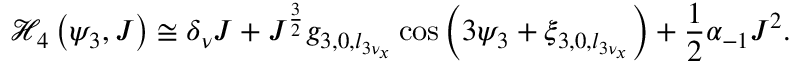
\displaystyle \mathcal { H } _ { 4 } \left( \psi _ { 3 } , J \right) \cong \delta _ { \nu } J + J ^ { \frac { 3 } { 2 } } g _ { 3 , 0 , l _ { 3 \nu _ { x } } } \cos \left( 3 \psi _ { 3 } + \xi _ { 3 , 0 , l _ { 3 \nu _ { x } } } \right) + \frac { 1 } { 2 } \alpha _ { - 1 } J ^ { 2 } .